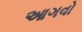
આગવો